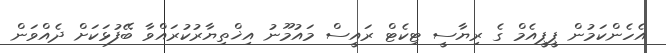
އެހެންކަމުން ޕީޕީއެމް ގެ ރިޔާސީ ޓިކެޓް ރައީސް މައުމޫނު އިޚްތިޔާރުކުރައްވާ ބޭފުޅަކަށް ދެއްވަން